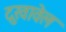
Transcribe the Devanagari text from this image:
दुखावेल